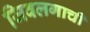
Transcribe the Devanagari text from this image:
जिवलगाची